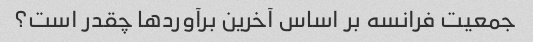
جمعیت فرانسه بر اساس آخرین برآوردها چقدر است؟